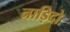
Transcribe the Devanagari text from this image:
नाड़िदो